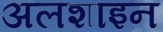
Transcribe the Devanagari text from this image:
अलशाइन